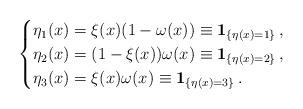
LaTeX: \begin{align*}\begin{cases} \eta_1(x) = \xi(x)(1-\omega(x)) \equiv {\bf 1}_{\{\eta(x) =1\}} \, ,\\ \eta_2(x) = (1-\xi(x))\omega(x) \equiv {\bf 1}_{\{\eta(x) =2\}}\, ,\\ \eta_3(x) = \xi(x)\omega(x) \equiv {\bf 1}_{\{\eta(x) =3\}}\, . \end{cases}\end{align*}